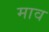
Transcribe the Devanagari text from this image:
माव